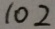
1 0 2